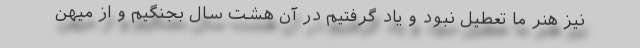
نیز هنر ما تعطیل نبود و یاد گرفتیم در آن هشت سال بجنگیم و از میهن